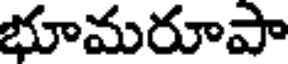
భూమరూపా